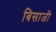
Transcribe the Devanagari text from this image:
बिसाजी